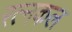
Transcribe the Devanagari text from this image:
रत्नकल